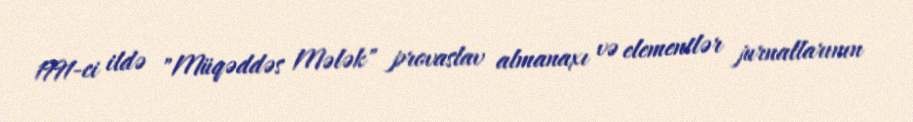
1991-ci ildə "Müqəddəs Mələk" provaslav almanaxı və elementlər jurnallarının